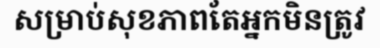
សម្រាប់សុខភាពតែអ្នកមិនត្រូវ